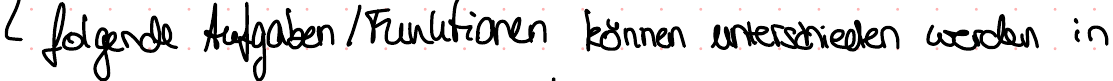
folgende Aufgaben / Funktionen können unterschieden werden in